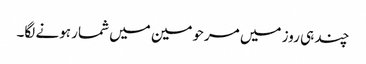
چند ہی روز میں مرحومین میں شمار ہونے لگا۔